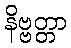
နိဗ္ဗတ္တာ